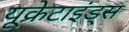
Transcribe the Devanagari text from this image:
यूक्रेटाइंड्स